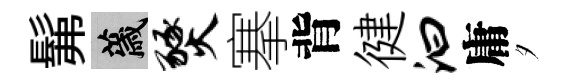
髴薉燹搴背徤汩庸夕